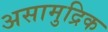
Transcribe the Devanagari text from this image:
असामुद्रिक